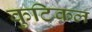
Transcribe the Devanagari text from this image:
कुटिकल